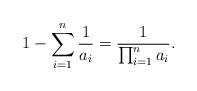
LaTeX: \begin{align*}1 - \sum_{i=1}^{n}\frac{1}{a_i} = \frac{1}{\prod_{i=1}^n a_i}. \end{align*}